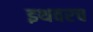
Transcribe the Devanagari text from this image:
इथवरच